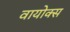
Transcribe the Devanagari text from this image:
वायोक्स